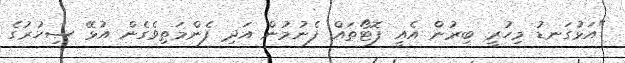
"އަޅުގަނޑު މިހުރީ ބިރުން އެއީ ފޮޓޯތައް ފެނުމުން އަދި ފެންމަތިވެގެން އުޅޭ ސިހުރުގެ